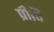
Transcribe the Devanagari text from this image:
प्रीवि